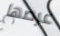
عرضها